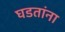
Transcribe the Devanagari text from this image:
घडतांना